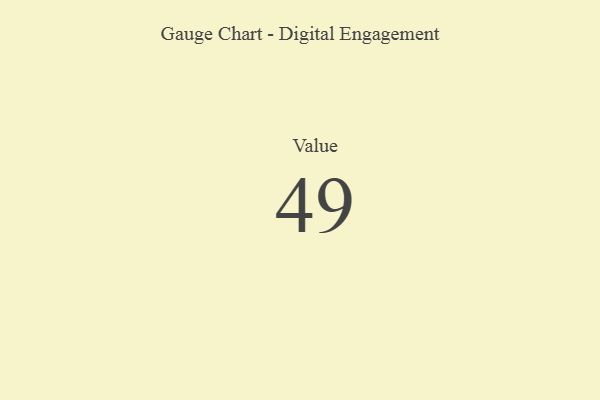
{"axis": {"x": "Metric", "y": "Value"}, "legend": [""], "data": [{"x": "Value", "y": 49, "type": ""}]}